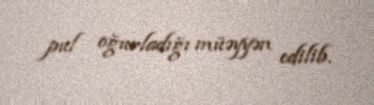
pul oğurladığı müəyyən edilib.